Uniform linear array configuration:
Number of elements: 64
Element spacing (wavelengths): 0.75
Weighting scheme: binomial
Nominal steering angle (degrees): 45
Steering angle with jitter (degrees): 44.597
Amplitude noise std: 0.05
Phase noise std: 0.05

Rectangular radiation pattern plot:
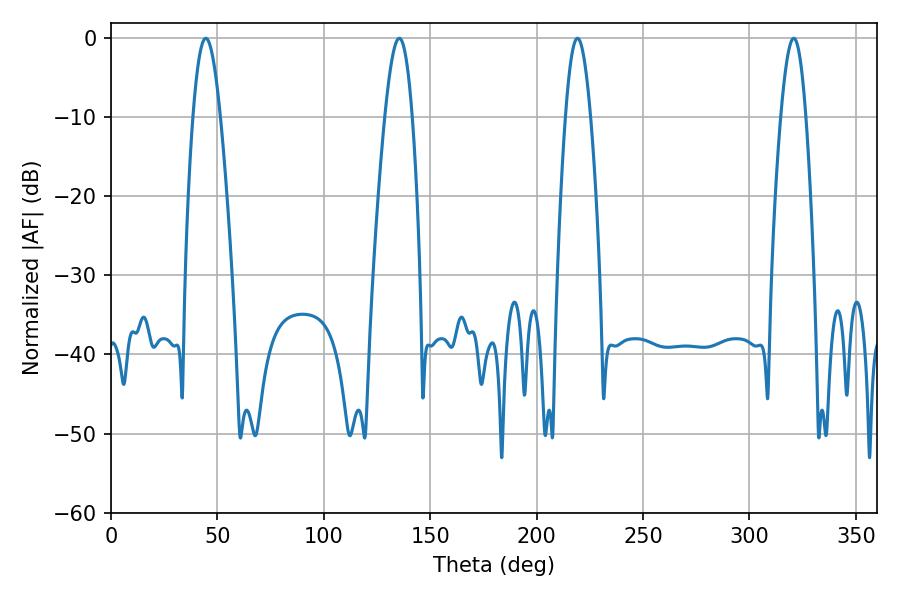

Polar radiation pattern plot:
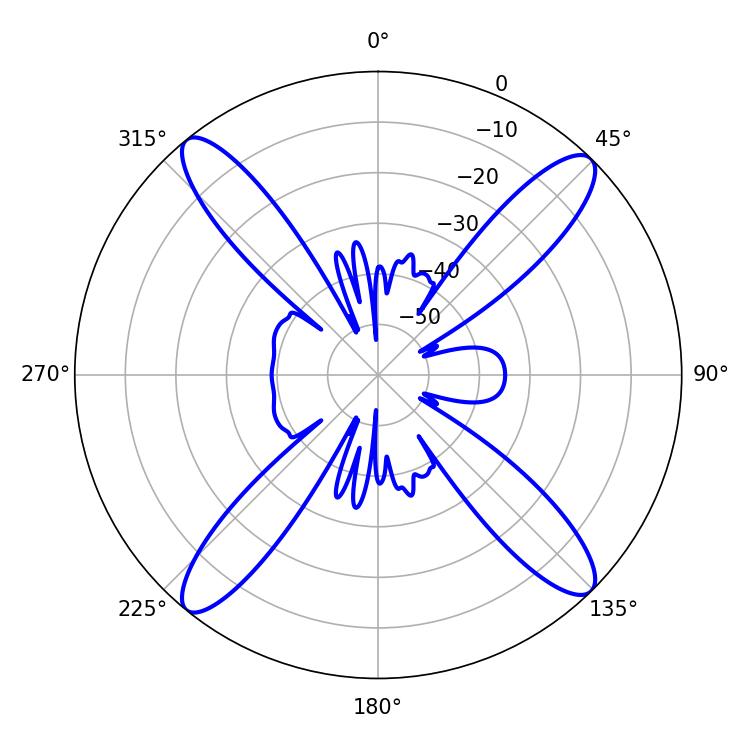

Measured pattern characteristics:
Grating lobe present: TRUE
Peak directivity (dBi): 17.894
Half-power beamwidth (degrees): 6.48
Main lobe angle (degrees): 219.24